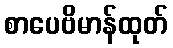
စာပေဗိမာန်ထုတ်